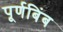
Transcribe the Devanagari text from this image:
पूर्णबिंब